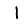
Digit: 1